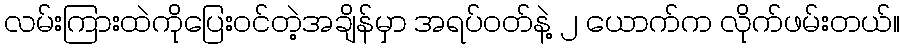
လမ်းကြားထဲကိုပြေးဝင်တဲ့အချိန်မှာ အရပ်ဝတ်နဲ့ ၂ ယောက်က လိုက်ဖမ်းတယ်။